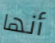
أنها